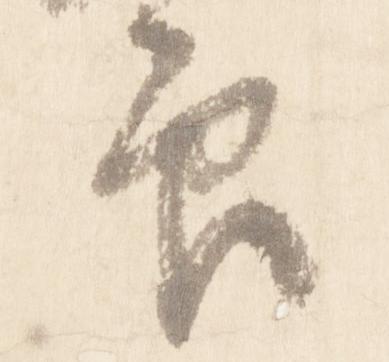
印